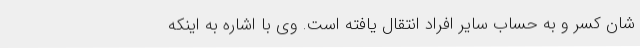
شان کسر و به حساب سایر افراد انتقال یافته است. وی با اشاره به اینکه